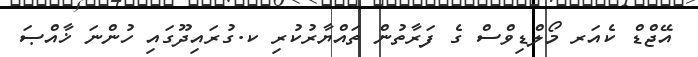
އޭޖްޑް ކެއަރ މޯލްޑިވްސް ގެ ފަރާތުން ތައްޔާރުކުރި ކ.ގުރައިދޫގައި ހުންނަ ޚާއްޞަ